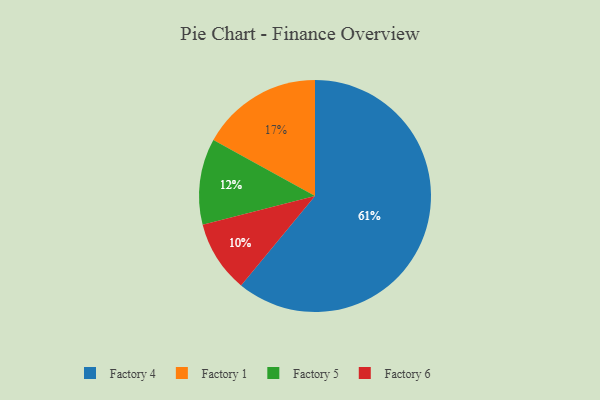
{"axis": {"x": "Category", "y": "Percentage"}, "legend": ["Factory 1", "Factory 4", "Factory 5", "Factory 6"], "data": [{"x": "Factory 1", "y": 17, "type": "Factory 1"}, {"x": "Factory 5", "y": 12, "type": "Factory 5"}, {"x": "Factory 6", "y": 10, "type": "Factory 6"}, {"x": "Factory 4", "y": 61, "type": "Factory 4"}]}